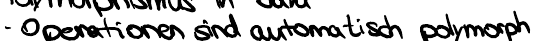
- Operationen sind automatisch polymorph